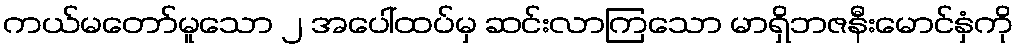
ကယ်မတော်မူသော ၂ အပေါ်ထပ်မှ ဆင်းလာကြသော မာရှိဘဇနီးမောင်နှံကို